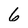
Character: 6